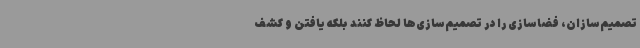
تصمیم‌سازان، فضاسازی را در تصمیم‌سازی‌ها لحاظ کنند بلکه یافتن و کشف